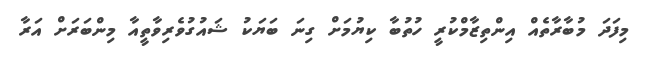
މިފަދަ މުބާރާތެއް އިންތިޒާމްކުރީ ހުތުބާ ކިޔުމަށް ގިނަ ބަޔަކު ޝައުގުވެރިވާތީއާ މިންބަރަށް އަރާ